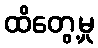
ထိတွေ့မှု